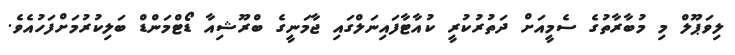
ލިވަޕޫލް މި މުބާރާތުގެ ސެމީއަށް ދަތުރުކުރީ ކުއާޓާފައިނަލްގައި ޖާމަނީގެ ބްރޫޝިއާ ޑޯޓްމަންޑް ބަލިކުރުމަށްފަހުއެވެ.